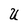
Character: U